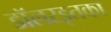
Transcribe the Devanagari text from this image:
डॉलरइतका